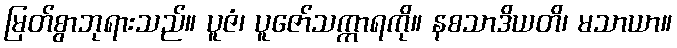
မြတ်စွာဘုရားသည်။ ပူဇံ၊ ပူဇော်သက္ကာရကို။ နစသာဒိယတိ၊ မသာယာ။